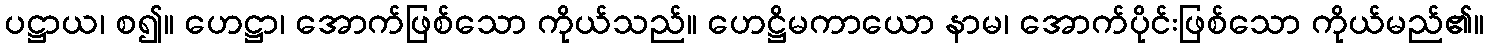
ပဋ္ဌာယ၊ စ၍။ ဟေဋ္ဌာ၊ အောက်ဖြစ်သော ကိုယ်သည်။ ဟေဋ္ဌိမကာယော နာမ၊ အောက်ပိုင်းဖြစ်သော ကိုယ်မည်၏။